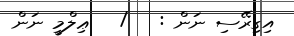
އިގިރޭސި ނަން :   /   ޢިލްމީ ނަން